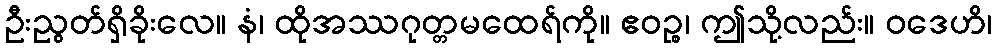
ဦးညွတ်ရှိခိုးလေ။ နံ၊ ထိုအဿဂုတ္တမထေရ်ကို။ ဧဝဉ္စ၊ ဤသို့လည်း။ ဝဒေဟိ၊